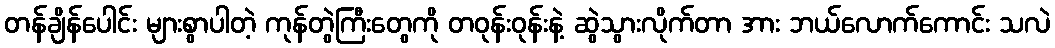
တန်ချိန်ပေါင်း များစွာပါတဲ့ ကုန်တွဲကြီးတွေကို တဝုန်းဝုန်းနဲ့ ဆွဲသွားလိုက်တာ အား ဘယ်လောက်ကောင်း သလဲ